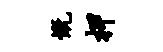
慨柙